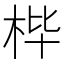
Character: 𮲰